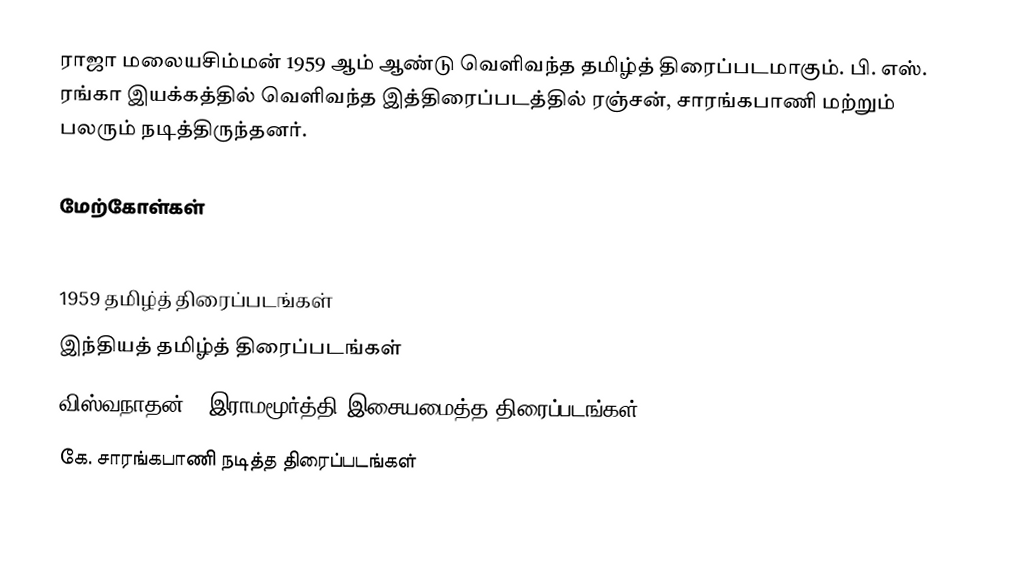
ராஜா மலையசிம்மன் 1959 ஆம் ஆண்டு வெளிவந்த தமிழ்த் திரைப்படமாகும். பி. எஸ். ரங்கா இயக்கத்தில் வெளிவந்த இத்திரைப்படத்தில் ரஞ்சன், சாரங்கபாணி மற்றும் பலரும் நடித்திருந்தனர்.

மேற்கோள்கள்

1959 தமிழ்த் திரைப்படங்கள்
இந்தியத் தமிழ்த் திரைப்படங்கள்
விஸ்வநாதன் - இராமமூர்த்தி இசையமைத்த திரைப்படங்கள்
கே. சாரங்கபாணி நடித்த திரைப்படங்கள்